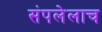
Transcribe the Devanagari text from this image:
संपलेलाच